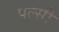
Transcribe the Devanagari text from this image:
पल्सी